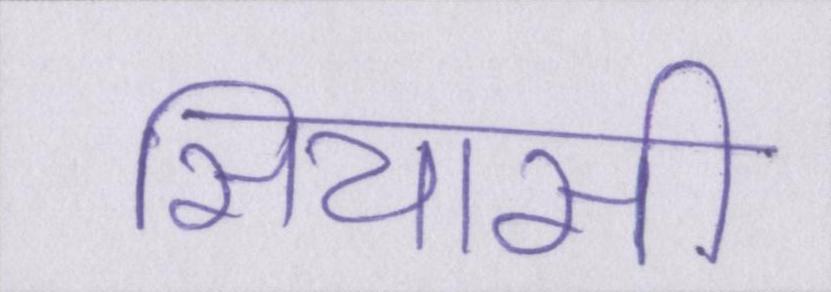
सियासी